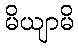
မိယျာမိ